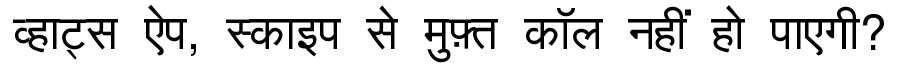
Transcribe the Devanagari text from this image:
व्हाट्स ऐप, स्काइप से मुफ़्त कॉल नहीं हो पाएगी?